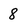
Character: 8